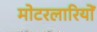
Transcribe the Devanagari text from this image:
मोटरलारियों